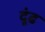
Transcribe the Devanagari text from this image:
दूंढ